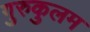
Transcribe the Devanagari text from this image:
गुरुकुलम